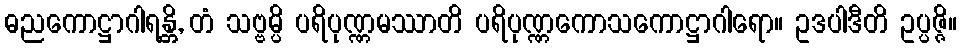
ဓညကောဋ္ဌာဂါရန္တိ, တံ သဗ္ဗမ္ပိ ပရိပုဏ္ဏမဿာတိ ပရိပုဏ္ဏကောသကောဋ္ဌာဂါရော။ ဥဒပါဒီတိ ဥပ္ပဇ္ဇိ။